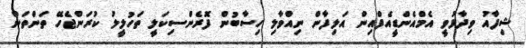
ޝިފާއު ވިދާޅުވީ އެމްއެންޑީއެފްއިން އަލިފާން ނިއްވާލި ހިސާބުން ފޮރެންސިކަލީ ތަހުލީލު ކުރަންޖެހޭ ތަންތަން